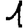
Digit: 1